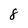
Character: 8